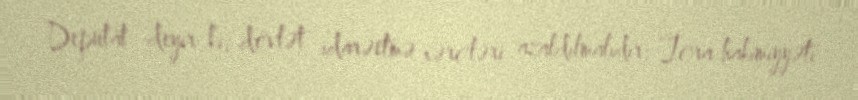
Deputat deyir ki, dövlət idarəetmə xərcləri azaldılmalıdır: “İcra hakimiyyəti